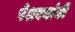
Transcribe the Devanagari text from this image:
पेशवयांनी